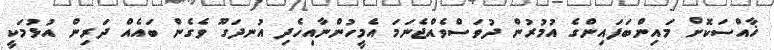
ޚާއްސަކޮށް މައިންބަފައިންގެ އުމުރުން ދުވަސްވެއްޖެނަމަ އެމީހުންނާއިހެދި އުނދަގޫ ވެގެން ބައެއް ދަރިން އުޅުމަކީ